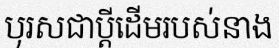
បុរសជាប្តីដើមរបស់នាង